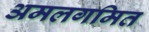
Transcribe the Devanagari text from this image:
अमलगमित